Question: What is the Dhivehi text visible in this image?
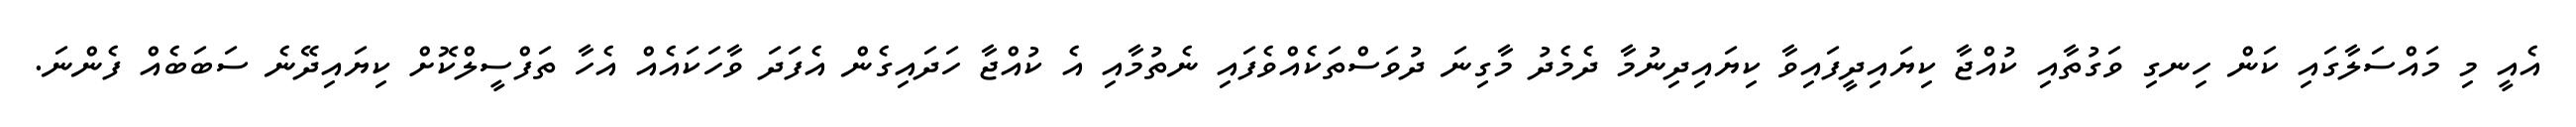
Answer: އެއީ މި މައްސަލާގައި ކަން ހިނގި ވަގުތާއި ކުއްޖާ ކިޔައިދީފައިވާ ކިޔައިދިނުމާ ދެމެދު މާގިނަ ދުވަސްތަކެއްވެފައި ނެތުމާއި އެ ކުއްޖާ ހަދައިގެން އެފަދަ ވާހަކައެއް އެހާ ތަފްސީލްކޮށް ކިޔައިދޭނެ ސަބަބެއް ފެންނަ.